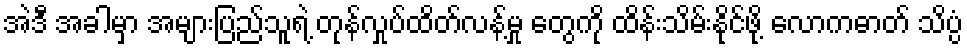
အဲဒီ အခါမှာ အများပြည်သူရဲ့ တုန်လှုပ်ထိတ်လန့်မှု တွေကို ထိန်းသိမ်းနိုင်ဖို့ လောကဓာတ် သိပ္ပံ